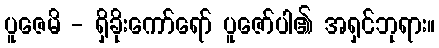
ပူဇေမိ - ရှိခိုးကော်ရော် ပူဇော်ပါ၏ အရှင်ဘုရား။